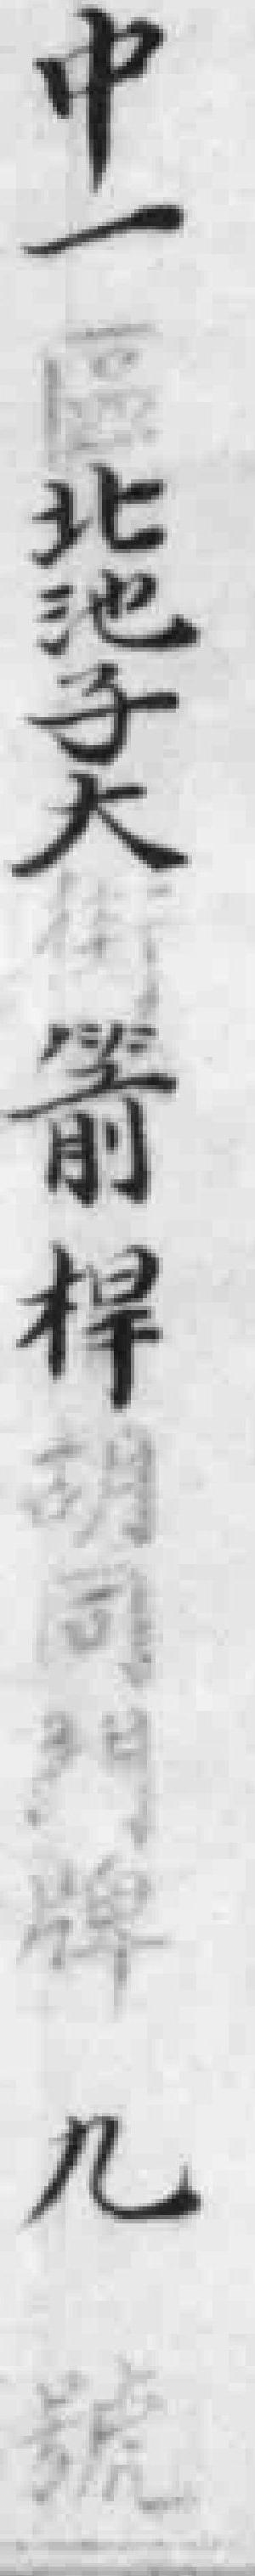
中一區北池子大街箭桿胡同門牌九號